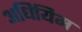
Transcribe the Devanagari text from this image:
अधियिम